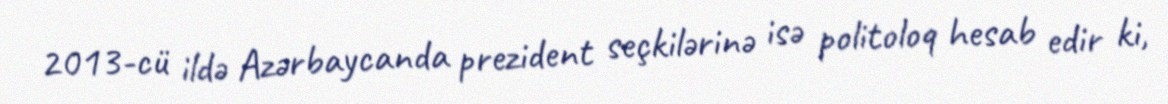
2013-cü ildə Azərbaycanda prezident seçkilərinə isə politoloq hesab edir ki,